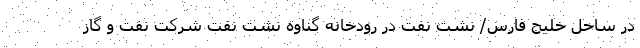
در ساحل خلیج فارس/ نشت نفت در رودخانه گناوه نشت نفت شرکت نفت و گاز